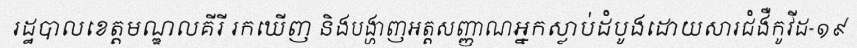
រដ្ឋបាលខេត្តមណ្ឌលគីរី រកឃើញ និងបង្ហាញអត្តសញ្ញាណអ្នកស្លាប់ដំបូងដោយសារជំងឺកូវីដ-១៩